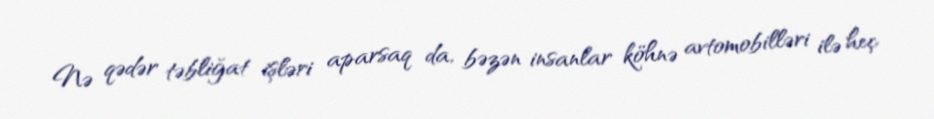
Nə qədər təbliğat işləri aparsaq da, bəzən insanlar köhnə avtomobilləri ilə heç